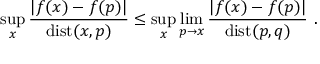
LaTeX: \operatorname * { s u p } _ { x } \frac { | f ( x ) - f ( p ) | } { \mathrm { d i s t } ( x , p ) } \leq \operatorname * { s u p } _ { x } \operatorname * { l i m } _ { p \to x } \frac { | f ( x ) - f ( p ) | } { \mathrm { d i s t } ( p , q ) } ~ .